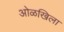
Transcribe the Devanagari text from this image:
ओळखिला